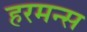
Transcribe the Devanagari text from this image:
हरमन्स